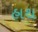
હાથ